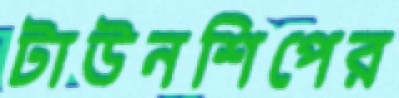
টাউনশিপের